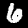
Digit: 6